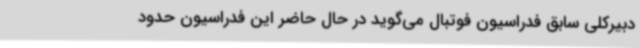
دبیرکلی سابق فدراسیون فوتبال می‌گوید در حال حاضر این فدراسیون حدود